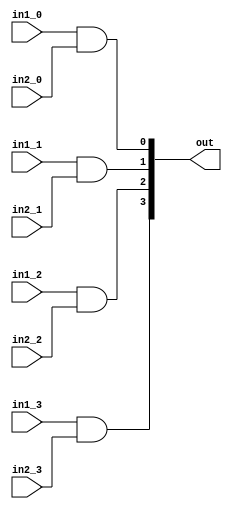
module and_4(
    input in1_0,
    input in1_1,
    input in1_2,
    input in1_3,
    input in2_0,
    input in2_1,
    input in2_2,
    input in2_3,
    output [3:0] out
);
    and a0(out[0], in1_0, in2_0);
    and a1(out[1], in1_1, in2_1);
    and a2(out[2], in1_2, in2_2);
    and a3(out[3], in1_3, in2_3);

endmodule